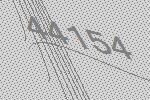
44154